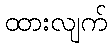
ထားလျက်